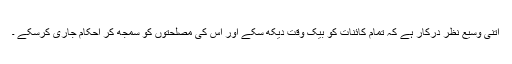
اتنی وسیع نظر درکار ہے کہ تمام کائنات کو بیک وقت دیکھ سکے اور اس کی مصلحتوں کو سمجھ کر احکام جاری کرسکے ۔